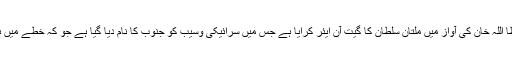
انہوں نے کہا کہ ملتان سلطانز نے عطا اللہ خان کی آواز میں ملتان سلطان کا گیت آن ایئر کرایا ہے جس میں سرائیکی وسیب کو جنوب کا نام دیا گیا ہے جو کہ خطے میں بسنے والے تمام لوگوں کی توہین ہے ۔